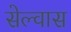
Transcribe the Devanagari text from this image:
सेल्वास